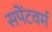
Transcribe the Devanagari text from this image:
सपेंटवर्म